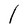
Character: l